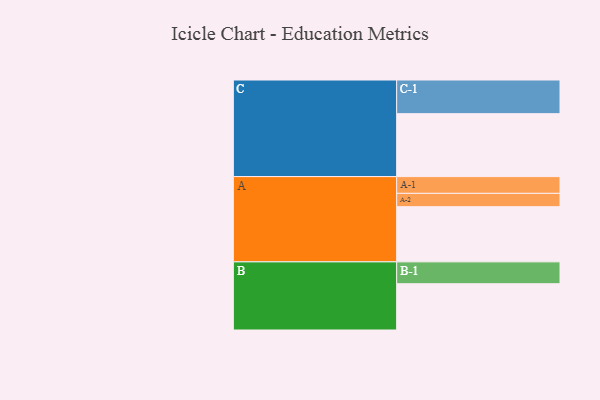
{"axis": {"x": "Segment", "y": "Value"}, "legend": ["", "A", "B", "C"], "data": [{"x": "A", "y": 477, "type": ""}, {"x": "B", "y": 400, "type": ""}, {"x": "C", "y": 544, "type": ""}, {"x": "A-1", "y": 145, "type": "A"}, {"x": "A-2", "y": 115, "type": "A"}, {"x": "B-1", "y": 189, "type": "B"}, {"x": "C-1", "y": 291, "type": "C"}]}